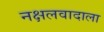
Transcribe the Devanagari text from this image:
नक्षलवादाला